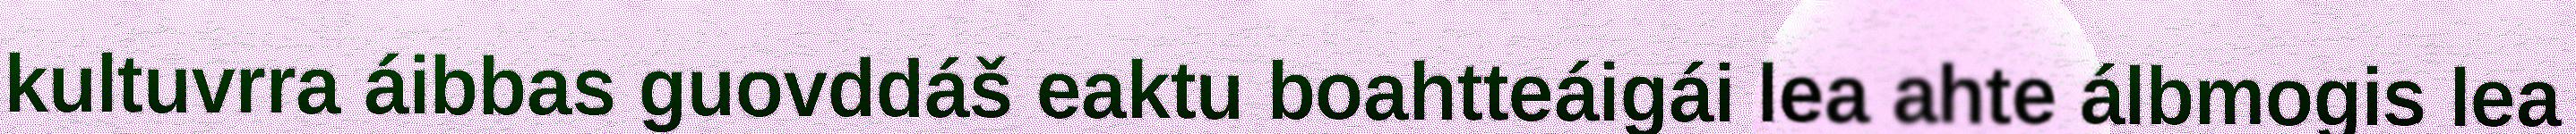
kultuvrra áibbas guovddáš eaktu boahtteáigái lea ahte álbmogis lea